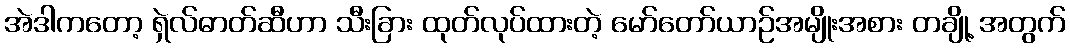
အဲဒါကတော့ ရှဲလ်ဓာတ်ဆီဟာ သီးခြား ထုတ်လုပ်ထားတဲ့ မော်တော်ယာဉ်အမျိုးအစား တချို့ အတွက်